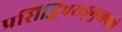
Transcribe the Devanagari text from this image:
प्रसिद्धिपराङ्‌मुखपणे